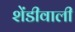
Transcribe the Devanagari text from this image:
शेंडीवाली